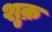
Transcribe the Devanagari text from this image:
शु़क्र